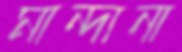
মান্দানা